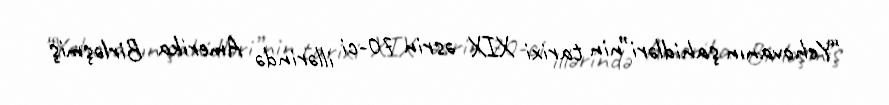
“Yehovanın şahidləri”nin tarixi XIX əsrin 70-ci illərində Amerika Birləşmiş